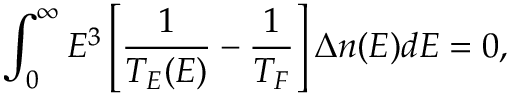
\int _ { 0 } ^ { \infty } E ^ { 3 } \left[ \frac { 1 } { T _ { E } ( E ) } - \frac { 1 } { T _ { F } } \right] \Delta n ( E ) d E = 0 ,